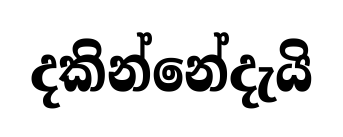
දකින්නේදැයි